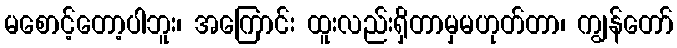
မစောင့်တော့ပါဘူး၊ အကြောင်း ထူးလည်းရှိတာမှမဟုတ်တာ၊ ကျွန်တော်